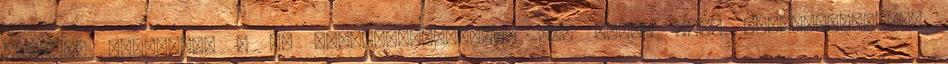
jobban, elmentünk a mi állatorvosunkhoz, aki adott neki antibiotikumot,